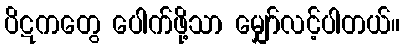
ပိဋကတွေ ပေါက်ဖို့သာ မျှော်လင့်ပါတယ်။